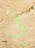
في